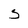
Character: S